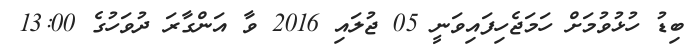
ބިޑު ހުޅުވުމަށް ހަމަޖެހިފައިވަނީ 05 ޖުލައި 2016 ވާ އަންގާރަ ދުވަހުގެ 13:00